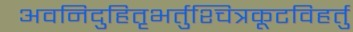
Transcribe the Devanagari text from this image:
अवनिदुहितृभर्तुश्चित्रकूटविहर्तु